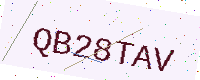
Text: QB28TAV